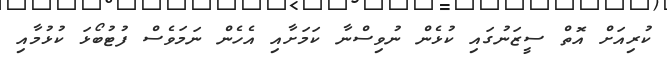
ކުރިއަށް އޮތް ސީޒަނުގައި ކުޅެން ނުވިސްނާ ކަމަށާއި އެހެން ނަމަވެސް ފުޓުބޯޅަ ކުޅުމާއި